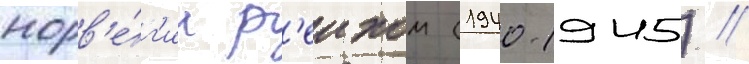
норв'е́г'ии р'еихом (1940-1945) //